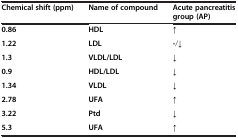
| Chemical shift (ppm) | Name of compound | Acute pancreatitis group (AP) |
 | --- | --- | --- |
 | 0.86 | HDL | ↑ |
 | 1.22 | LDL | -/↓ |
 | 1.3 | VLDL/LDL | ↓ |
 | 0.9 | HDL/LDL | ↓ |
 | 1.34 | VLDL | ↓ |
 | 2.78 | UFA | ↑ |
 | 3.22 | Ptd | ↓ |
 | 5.3 | UFA | ↑ |